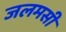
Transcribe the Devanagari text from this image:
जलमसी